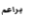
براعم